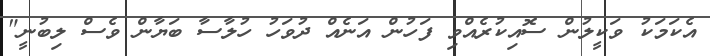
އެކަމަކު ވަކީލުން ސޮއިކުރެއްވި ފަހުން އަނެއް ދުވަހު ހުލާސާ ބަޔާން ވެސް ލިބުނީ"